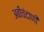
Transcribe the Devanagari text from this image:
अबीचंदाणी